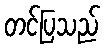
တင်ပြသည်